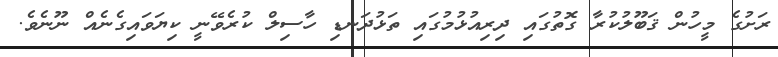
ރަށުގެ މީހުން ޤަބޫލުކުރާ ގޮތުގައި ދިރިއުޅުމުގައި ތަޅުދަނޑި ހާސިލް ކުރެވޭނީ ކިޔަވައިގެނެއް ނޫނެވެ.